Plague in India, 1896, 1897 - Volume 3
Year: 1896
Disease focus: Plague
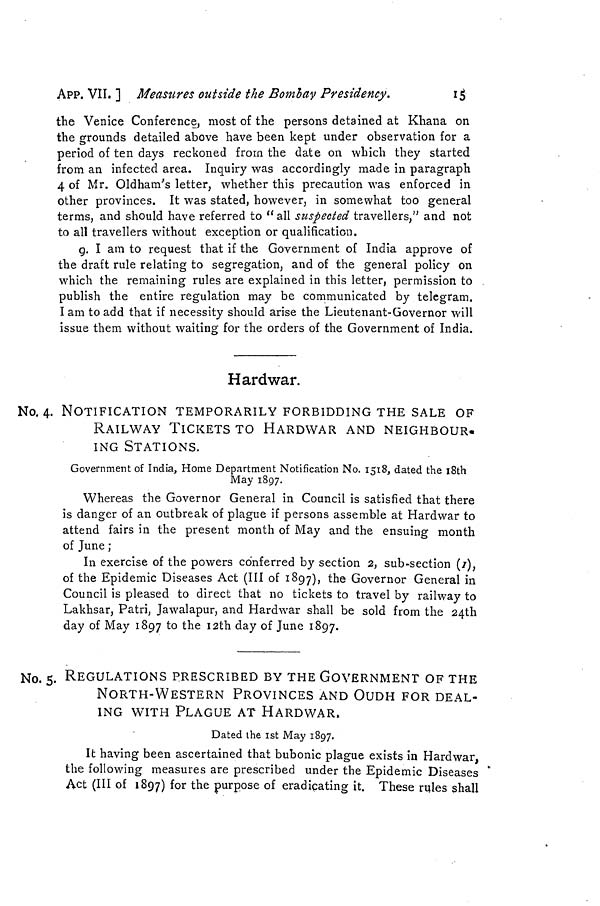
APP. VII. ] Measures outside the Bombay Presidency.
15
the Venice Conference, most of the persons detained at Khana on
the grounds detailed above have been kept under observation for a
period of ten days reckoned from the date on which they started
from an infected area. Inquiry was accordingly made in paragraph
4 of Mr. Oldham's letter, whether this precaution was enforced in
other provinces. It was stated, however, in somewhat too general
terms, and should have referred to " all suspected travellers," and not
to all travellers without exception or qualification.
g. I am to request that if the Government of India approve of
the draft rule relating to segregation, and of the general policy on
which the remaining rules are explained in this letter, permission to
publish the entire regulation may be communicated by telegram.
I am to add that if necessity should arise the Lieutenant-Governor will
issue them without waiting for the orders of the Government of India.
H ardwar.
No. 4. NOTIFICATION TEMPORARILY FORBIDDING THE SALE OF
RAILWAY TICKETS TO HARDWAR AND NEIGHBOUR.
ING STATIONS.
Government of India, Home Department Notification No. 1518, dated the "18th
May 1897.
Whereas the Governor General in Council is satisfied that there
is danger of an outbreak of plague if persons assemble at Hardwar to
attend fairs in the present month of May and the ensuing month
of June ;
In exercise of the powers conferred by section 2, sub-section (/),
of the Epidemic Diseases Act (III of 1897), the Governor General in
Council is pleased to direct that no tickets to travel by railway to
Lakhsar, Patri, Jawalapur, and Hardwar shall be sold from the 24th
day of May 1897 to the 12th day of June 1897.
No. 5. REGULATIONS PRESCRIBED BY THE GOVERNMENT OF THE
NORTH-WESTERN PROVINCES AND OUDH FOR DEAL-
ING WITH PLAGUE AT HARDWAR,
Dated the 1st May 1897.
It having been ascertained that bubonic plague exists in Hardwar,
the following measures are prescribed under the Epidemic Diseases
Act (III of 1897) for the purpose of eradicating it. These rules shall